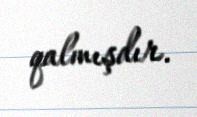
qalmışdır.